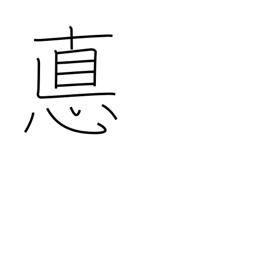
Meaning: ethics